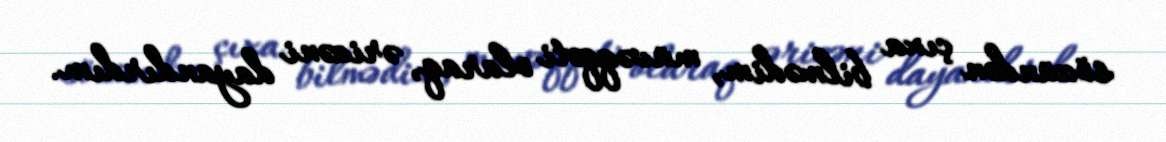
sözündən çıxa bilmədim, müvəqqəti olaraq, ərizəni dayandırdım.